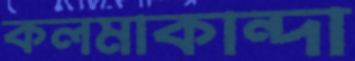
কলমাকান্দা